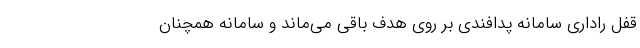
قفل راداری سامانه پدافندی بر روی هدف باقی می‌ماند و سامانه همچنان